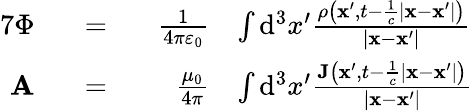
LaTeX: \begin{array}{rlrl}{{7}\Phi}&{~~=~~}&{\frac{1}{4\pi\varepsilon_{0}}}&{\int\mathrm{d}^{3}x^{\prime}\frac{\rho\left(\mathbf{x^{\prime}},t-\frac{1}{c}|\mathbf{x}-\mathbf{x^{\prime}}|\right)}{|\mathbf{x}-\mathbf{x^{\prime}}|}}\\ {\mathbf{A}}&{~~=~~}&{\frac{\mu_{0}}{4\pi}}&{\int\mathrm{d}^{3}x^{\prime}\frac{\mathbf{J}\left(\mathbf{x^{\prime}},t-\frac{1}{c}|\mathbf{x}-\mathbf{x^{\prime}}|\right)}{\left|\mathbf{x}-\mathbf{x^{\prime}}\right|}}\end{array}